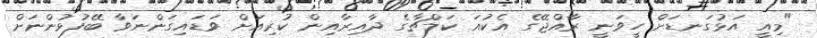
"މިއީ އަޅުގަނޑަށް ހީވަނީ ރާއްޖޭގެ އެކުއަ ކަލްޗާގެ ދާއިރާއިން ކުރިއަށް ވަޑައިގަންނަވާ ބޭފުޅުންނަށް